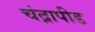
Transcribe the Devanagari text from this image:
चंद्रापीड